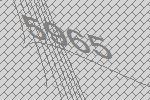
5965